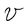
Character: V